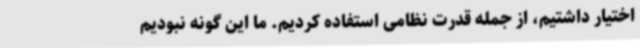
اختیار داشتیم، از جمله قدرت نظامی استفاده کردیم. ما این گونه نبودیم